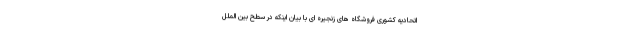
اتحادیه کشوری فروشگاه های زنجیره ای با بیان اینکه در سطح بین الملل